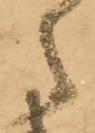
々